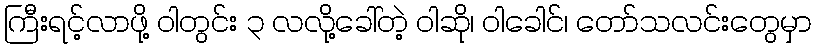
ကြီးရင့်လာဖို့ ဝါတွင်း ၃ လလို့ခေါ်တဲ့ ဝါဆို၊ ဝါခေါင်၊ တော်သလင်းတွေမှာ